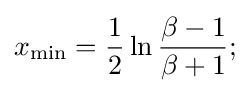
x_{\min }={\frac {1}{2}}\ln {\frac {\beta -1}{\beta +1}};